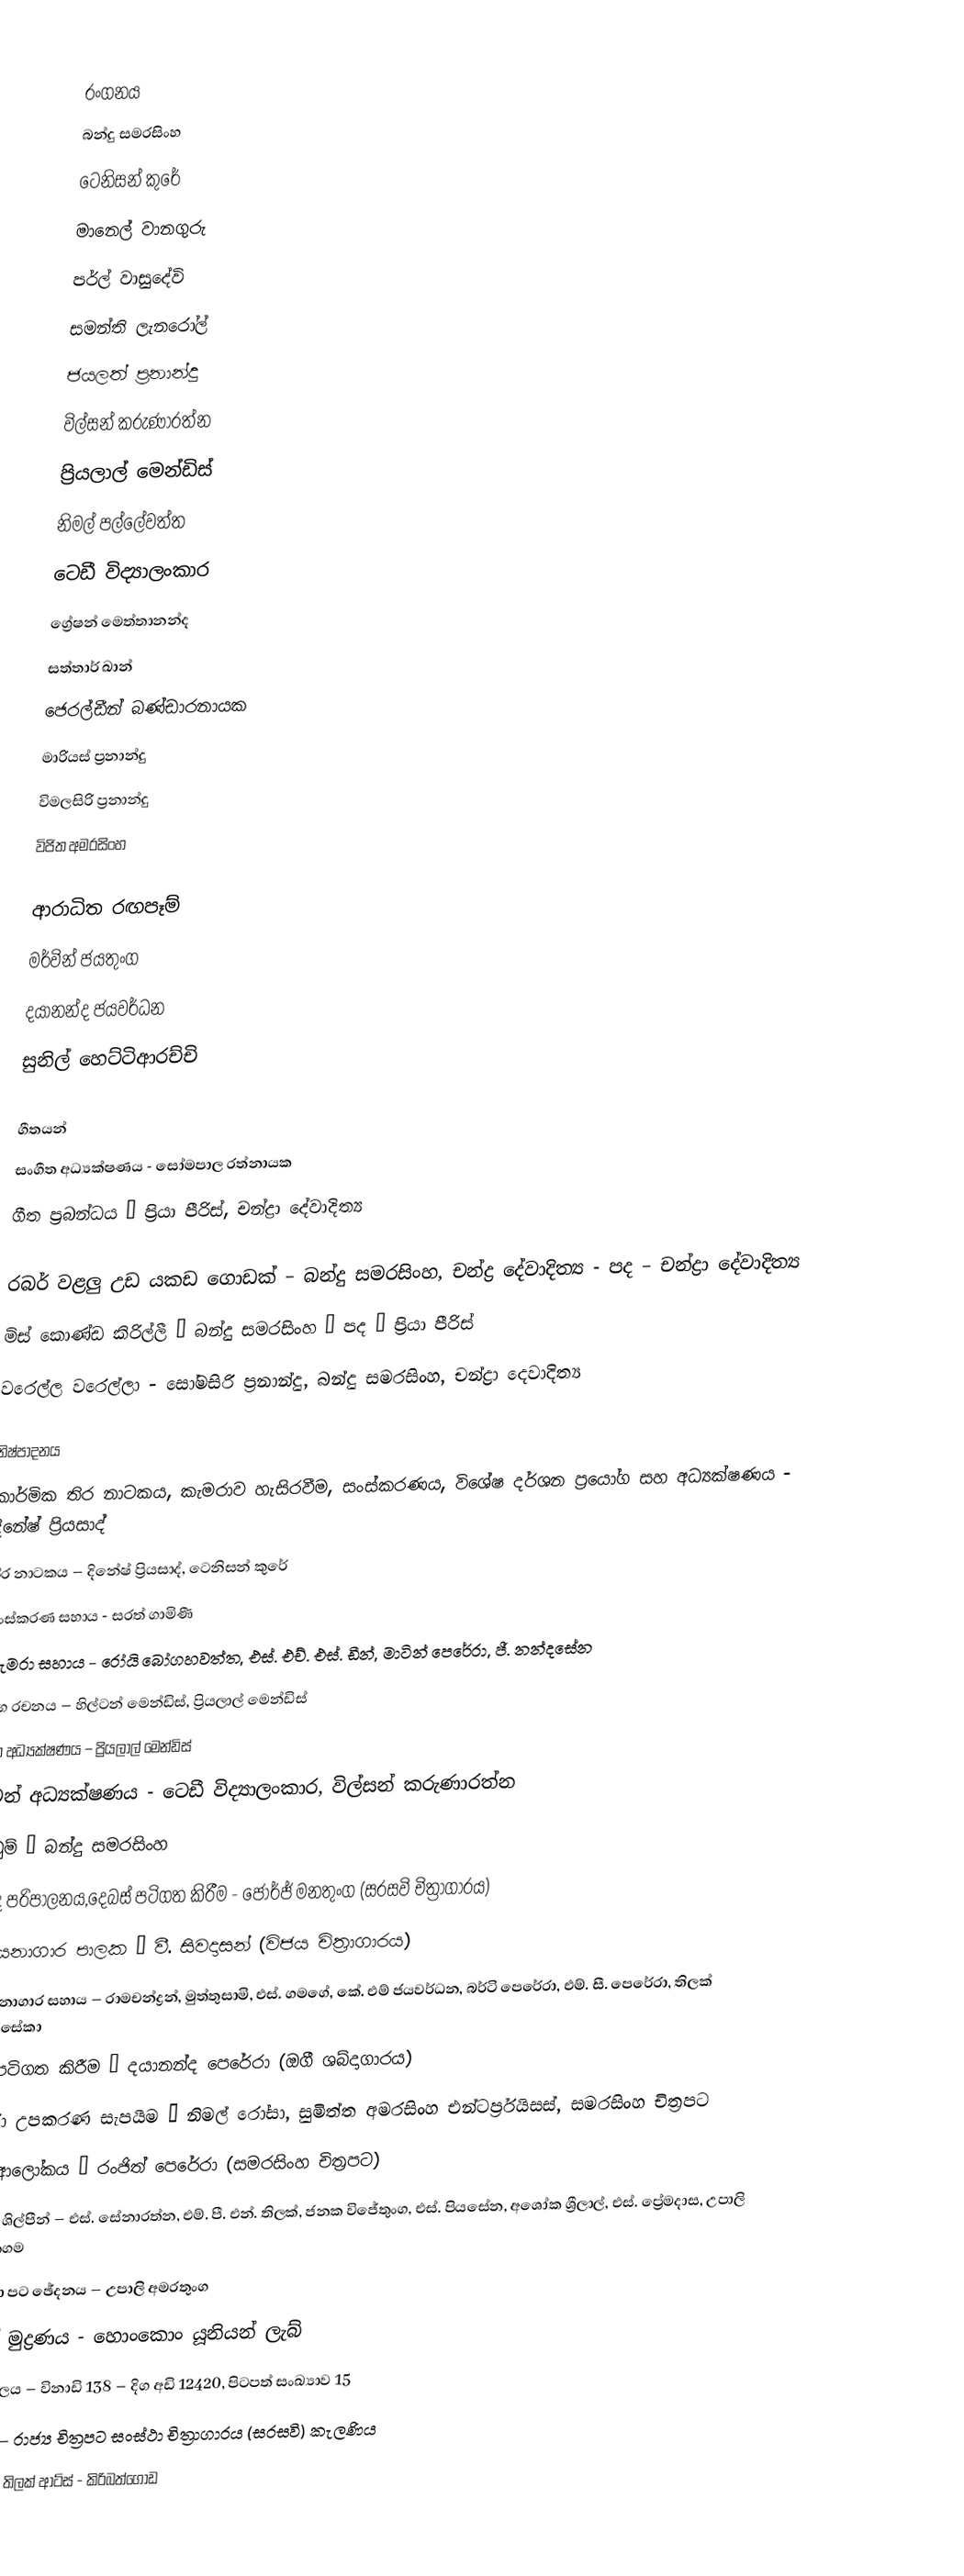

රංගනය
බන්දු සමරසිංහ
ටෙනිසන් කුරේ
මානෙල් වානගුරු
පර්ල් වාසුදේවි
සමන්ති ලැනරෝල්
ජයලත් ප්‍රනාන්දු
විල්සන් කරුණාරත්න
ප්‍රියලාල් මෙන්ඩිස්
නිමල් පල්ලේවත්ත
ටෙඩී විද්‍යාලංකාර
ග්‍රේෂන් මෙත්තානන්ද
සත්තාර් ඛාන්
ජෙරල්ඩීන් බණ්ඩාරනායක
මාරියස් ප්‍රනාන්දු
විමලසිරි ප්‍රනාන්දු
විජිත අමරසිංහ

ආරාධිත රඟපෑම්
මර්වින් ජයතුංග
දයානන්ද ජයවර්ධන
සුනිල් හෙට්ටිආරච්චි

ගීතයන්
සංගීත අධ්‍යක්ෂණය - සෝමපාල රත්නායක
ගීත ප්‍රබන්ධය – ප්‍රියා පීරිස්, චන්ද්‍රා දේවාදිත්‍ය

රබර් වළලු උඩ යකඩ ගොඩක් – බන්දු සමරසිංහ, චන්ද්‍ර දේවාදිත්‍ය - පද – චන්ද්‍රා දේවාදිත්‍ය
මිස් කොණ්ඩ කිරිල්ලී – බන්දු සමරසිංහ – පද – ප්‍රියා පීරිස්
වරෙල්ල වරෙල්ලා - සෝමසිරි ප්‍රනාන්දු, බන්දු සමරසිංහ, චන්ද්‍රා දෙවාදිත්‍ය

නිෂ්පාදනය
කාර්මික තිර නාටකය, කැමරාව හැසිරවීම, සංස්කරණය, විශේෂ දර්ශන ප්‍රයෝග සහ අධ්‍යක්ෂණය - දිනේෂ් ප්‍රියසාද්
තිර නාටකය – දිනේෂ් ප්‍රියසාද්, ටෙනිසන් කුරේ
සංස්කරණ සහාය - සරත් ගාමිණී
කැමරා සහාය - රෝයි බෝගහවත්ත, එස්. එච්. එස්. ඩීන්, මාටින් පෙරේරා, ජී. නන්දසේන
අංග රචනය – හිල්ටන් මෙන්ඩිස්, ප්‍රියලාල් මෙන්ඩිස්
කලා අධ්‍යක්ෂණය – ප්‍රියලාල් මෙන්ඩිස්
සටන් අධ්‍යක්ෂණය - ටෙඩී විද්‍යාලංකාර, විල්සන් කරුණාරත්න
නැටුම් – බන්දු සමරසිංහ
ශබ්ද පරිපාලනය,දෙබස් පටිගත කිරීම - ජෝර්ජ් මනතුංග (සරසවි චිත්‍රාගාරය)
රසායනාගාර පාලක – වී. සිවදාසන් (විජය චිත්‍රාගාරය)
රසායනාගාර සහාය – රාමචන්ද්‍රන්, මුත්තුසාමි, එස්. ගමගේ, කේ. එම් ජයවර්ධන, බර්ටි පෙරේරා, එම්. සී. පෙරේරා, තිලක් ෆොන්සේකා
ගීත පටිගත කිරීම – දයානන්ද පෙරේරා (ඔගී ශබ්දාගාරය)
කැමරා උපකරණ සැපයීම – නිමල් රෝසා, සුමිත්ත අමරසිංහ එන්ටර්ප්‍රයිසස්, සමරසිංහ චිත්‍රපට
විදුලි ආලෝකය – රංජිත් පෙරේරා (සමරසිංහ චිත්‍රපට)
කාර්මික ශිල්පීන් – එස්. සේනාරත්න, එම්. පී. එන්. තිලක්, ජනක විජේතුංග, එස්. පියසේන, අශෝක ශ්‍රීලාල්, එස්. ප්‍රේමදාස, උපාලි අලවත්තගම
දළ සේයා පට ඡේදනය – උපාලි අමරතුංග
පිටපත් මුද්‍රණය - හොංකොං යූනියන් ලැබ්
ධාවන කාලය – විනාඩි 138 – දිග අඩි 12420, පිටපත් සංඛ්‍යාව 15
සැකසුම – රාජ්‍ය චිත්‍රපට සංස්ථා චිත්‍රාගාරය (සරසවි) කැලණිය
නාමාවලිය – තිලක් ආට්ස් - කිරිබත්ගොඩ